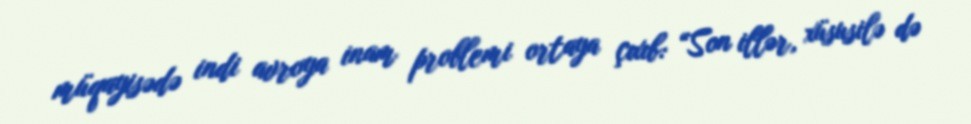
müqayisədə indi avroya inam problemi ortaya çıxıb: “Son illər, xüsusilə də